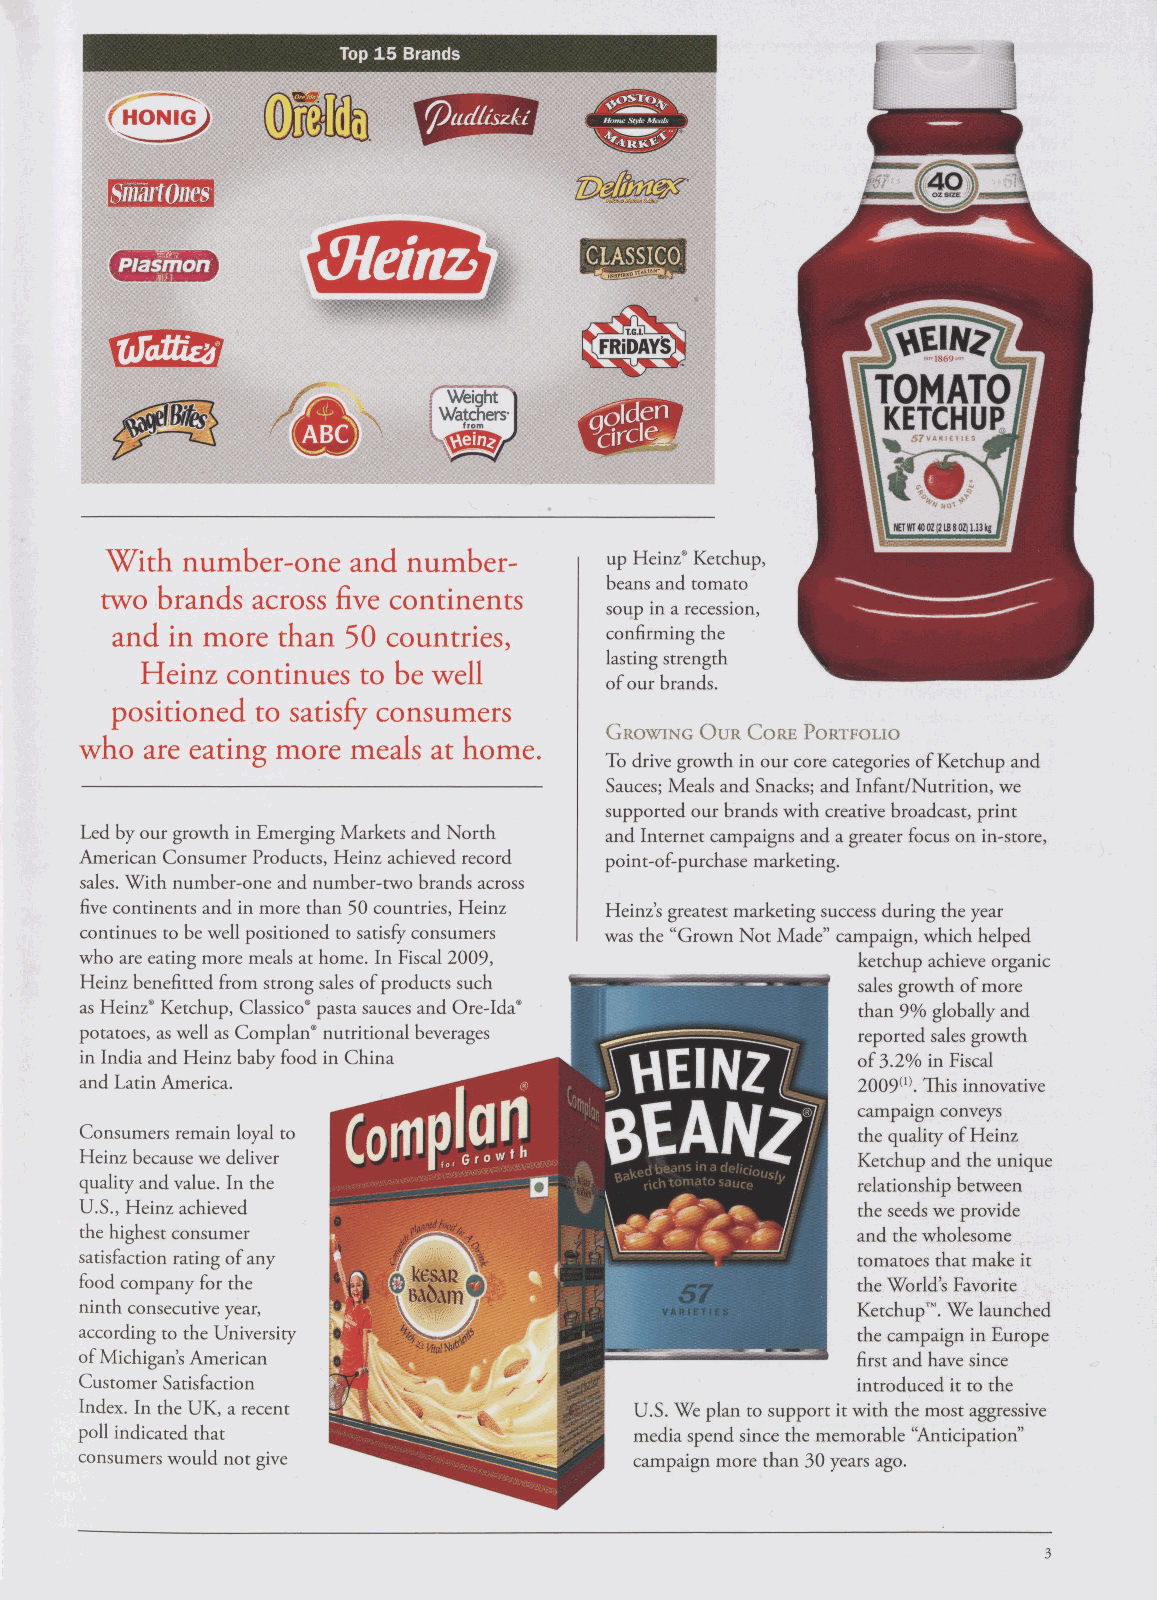
Top 15 Brands
 Smart Ones
 ¿Heinz>
 XSSJSS
 With number-one and number-      up Heinz® Ketchup,
 beans and tomato
 two brands across five continents
 soup in a recession,
 and in more than 50 countries,   confirming the
 lasting strength
 Heinz continues to be well
 of our brands.
 positioned to satisfy consumers
 GROWING OUR CORE PORTFOLIO
 who  are eating more meals at home.
 To drive growth in our core categories of Ketchup and
 Sauces; Meals and Snacks; and Infant/Nutrition, we
 supported our brands with creative broadcast, print
 Led by our growth in Emerging Markets and North and Internet campaigns and a greater focus on in-store,
 American Consumer Products, Heinz achieved record point-of-purchase marketing.
 sales. With number-one and number-two brands across
 five continents and in more than 50 countries, Heinz Heinz's greatest marketing success during the year
 continues to be well positioned to satisfy consumers was the "Grown Not Made" campaign, which helped
 who are eating more meals at home. In Fiscal 2009,  ketchup achieve organic
 Heinz benefitted from strong sales of products such sales growth of more
 as Heinz® Ketchup, Classico® pasta sauces and Ore-Ida® than 9% globally and
 potatoes, as well as Complan® nutritional beverages reported sales growth
 in India and Heinz baby food in China               of 3.2% in Fiscal
 and Latin America.                                  2009(1). This innovative
 campaign conveys
 Consumers remain loyal to                           the quality of Heinz
 Heinz because we deliver                            Ketchup and the unique
 quality and value. In the                           relationship between
 U.S., Heinz achieved                                the seeds we provide
 the highest consumer                                and the wholesome
 satisfaction rating of any                          tomatoes that make it
 food company for the                                the World's Favorite
 ninth consecutive year,                             Ketchup™. We launched
 according to the University                         the campaign in Europe
 of Michigan's American                              first and have since
 Customer Satisfaction                               introduced it to the
 Index. In the UK, a recent           U.S. We plan to support it with the most aggressive
 poll indicated that                  media spend since the memorable "Anticipation"
 consumers would not give             campaign more than 30 years ago.